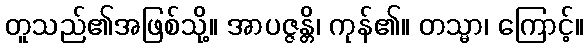
တူသည်၏အဖြစ်သို့။ အာပဇ္ဇန္တိ၊ ကုန်၏။ တသ္မာ၊ ကြောင့်။